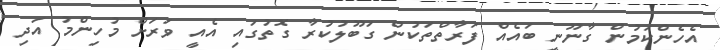
އެހެންކަމުން ގާނޫނީ ބައެއް ފަރާތްތަކުން ގަބޫލުކުރާ ގޮތުގައި އެއީ ވަރަށް މުހިންމު އަދި